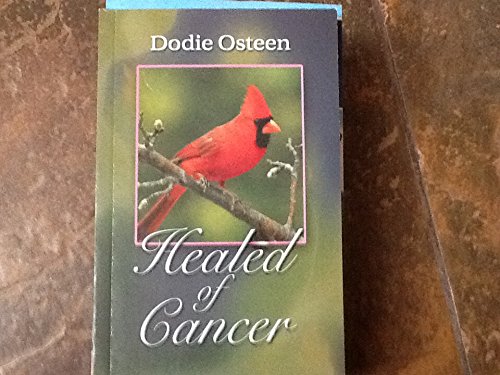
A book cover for Healed of Cancer; Dodie Osteen; Christian Books & Bibles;